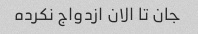
جان تا الان ازدواج نکرده